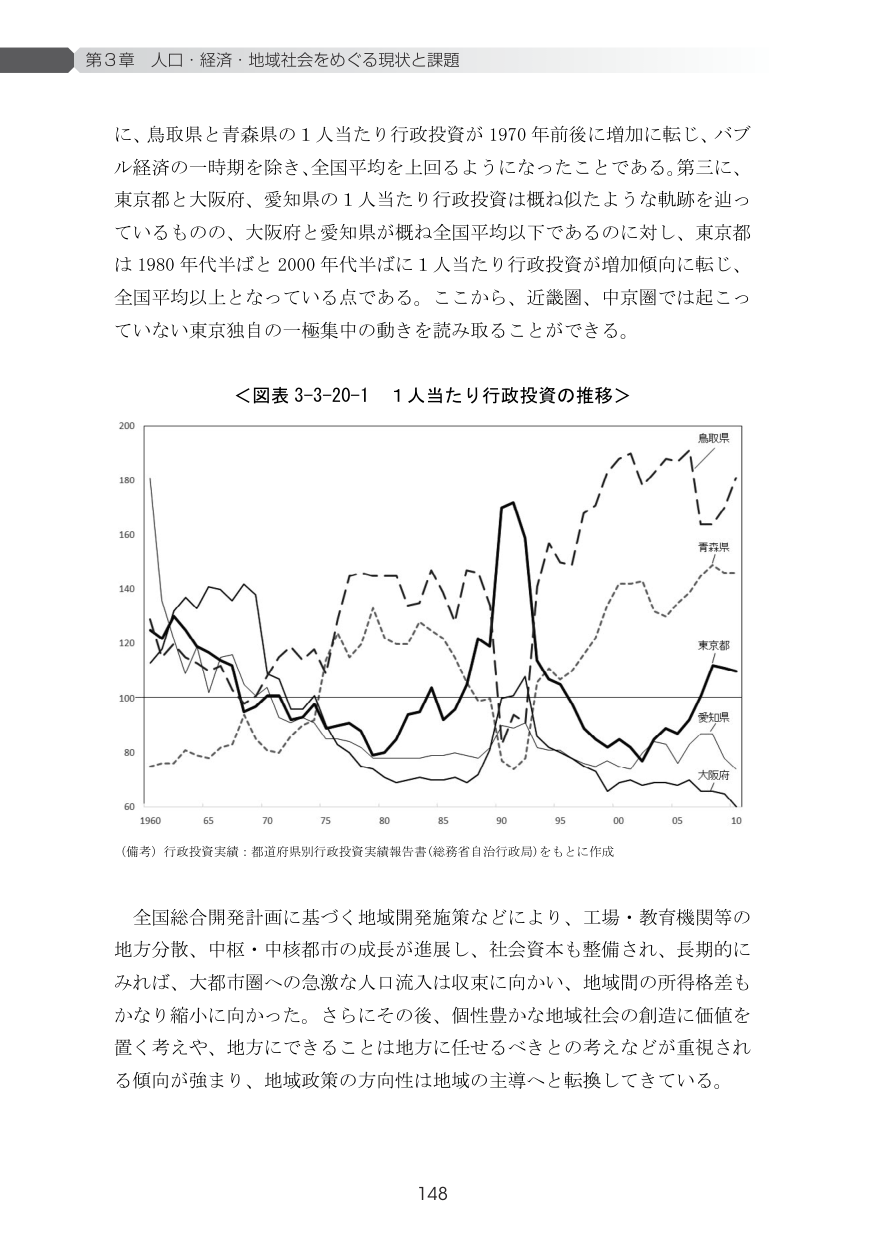
第3章 人口・経済・地域社会をめぐる現状と課題

に、鳥取県と青森県の1人当たり行政投資が1970年前後に増加に転じ、バブル経済の一時期を除き、全国平均を上回るようになったことである。第三に、東京都と大阪府、愛知県の1人当たり行政投資は概ね似たような軌跡を辿っているものの、大阪府と愛知県が概ね全国平均以下であるのに対し、東京都は1980年代半ばと2000年代半ばに1人当たり行政投資が増加傾向に転じ、全国平均以上となっている点である。ここから、近畿圏、中京圏では起こっていない東京独自の一極集中の動きを読み取ることができる。

＜図表3-3-20-1 1人当たり行政投資の推移＞

（備考）行政投資実績：都道府県別行政投資実績報告書（総務省自治行政局）をもとに作成

全国総合開発計画に基づく地域開発施策などにより、工場・教育機関等の地方分散、中枢・中核都市の成長が進展し、社会資本も整備され、長期的にみれば、大都市圏への急激な人口流入は収束に向かい、地域間の所得格差もかなり縮小に向かった。さらにその後、個性豊かな地域社会の創造に価値を置く考えや、地方にできることは地方に任せるべきとの考えなどが重視される傾向が強まり、地域政策の方向性は地域の主導へと転換してきている。

148